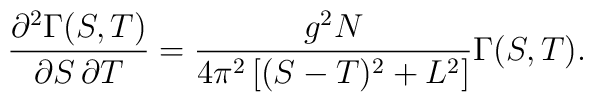
\frac{\partial ^2\Gamma(S,T)}{\partial S\,\partial T}=\frac{g^2N}{4\pi^2\left[ (S-T)^2+L^2\right]}\Gamma(S,T).